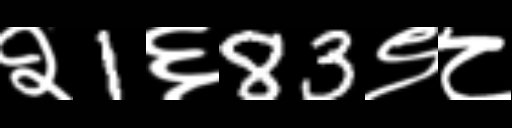
Text: २1६83९८